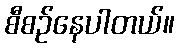
စီစဉ်နေပါတယ်။